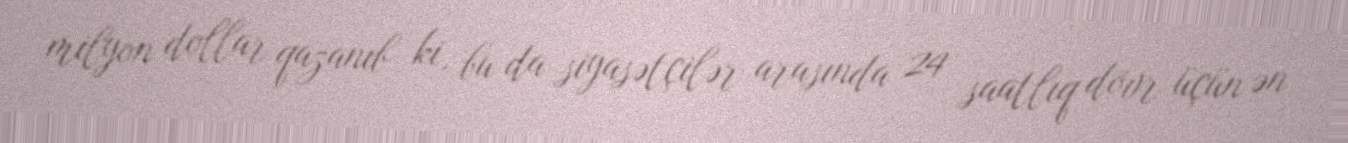
milyon dollar qazanıb ki, bu da siyasətçilər arasında 24 saatlıq dövr üçün ən